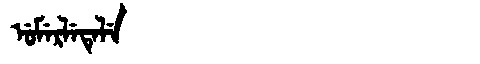
Manchu: ᡠᠮᡝᡵᠯᡝᡨᡝᠯᡝ
Romanization: UMERLETELE